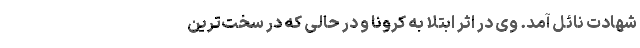
شهادت نائل آمد. وی در اثر ابتلا به کرونا و در حالی که در سخت‌ترین